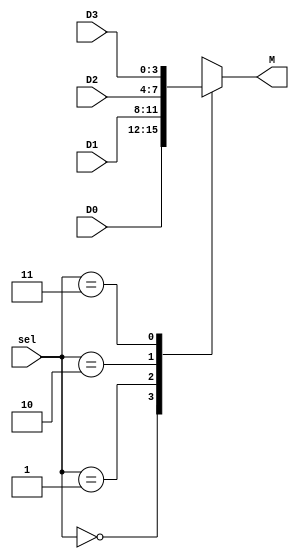
`timescale 1ns / 1ns
//////////////////////////////////////////////////////////////////////////////////
// Company: 
// Engineer: 
// 
// Design Name: 
// Module Name: Mux4-1
// Project Name: 
// Target Devices: 
// Tool Versions: 
// Description: 
// 
// Dependencies: 
// 
// Revision:
// Revision 0.01 - File Created
// Additional Comments:
// 
//////////////////////////////////////////////////////////////////////////////////


module Mux4to1 #(parameter N=4) (output reg [N-1:0] M,input [1:0] sel,input[N-1:0] D0,input[N-1:0] D1,input[N-1:0] D2,input[N-1:0] D3);
    always @(sel)
    case (sel)
        2'd0 : M = D0;
        2'd1 : M = D1;
        2'd2 : M = D2;
        2'd3 : M = D3;
    endcase
endmodule